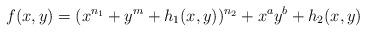
LaTeX: \begin{align*}f(x,y)=(x^{n_1}+ y^{m}+h_1(x,y))^{n_2}+ x^a y^b+h_2(x,y)\end{align*}